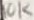
Text: 10K